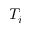
T _ { i }